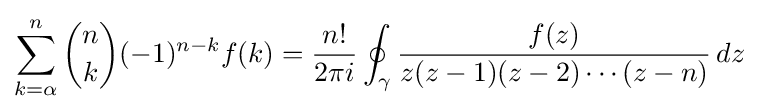
\sum _{k=\alpha }^{n}{n \choose k}(-1)^{n-k}f(k)={\frac {n!}{2\pi i}}\oint _{\gamma }{\frac {f(z)}{z(z-1)(z-2)\cdots (z-n)}}\,dz